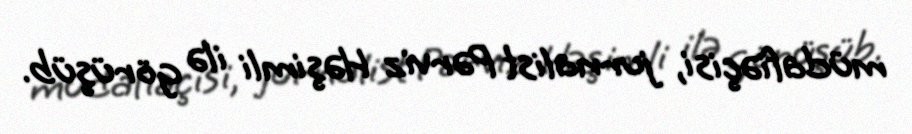
müdafiəçisi, jurnalist Pərviz Həşimli ilə görüşüb.